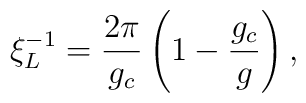
\xi_{L}^{-1}={2\pi\over g_{c}}\left(1-{g_{c}\over g}\right),